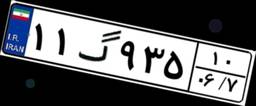
۱۱گ۹۳۵۱۰